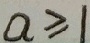
a \geq 1